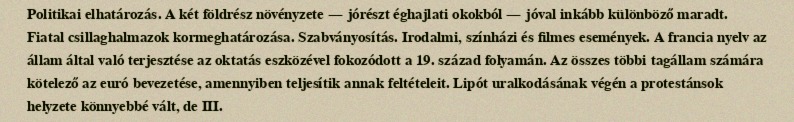
Politikai elhatározás. A két földrész növényzete — jórészt éghajlati okokból — jóval inkább különböző maradt. Fiatal csillaghalmazok kormeghatározása. Szabványosítás. Irodalmi, színházi és filmes események. A francia nyelv az állam által való terjesztése az oktatás eszközével fokozódott a 19. század folyamán. Az összes többi tagállam számára kötelező az euró bevezetése, amennyiben teljesítik annak feltételeit. Lipót uralkodásának végén a protestánsok helyzete könnyebbé vált, de III.